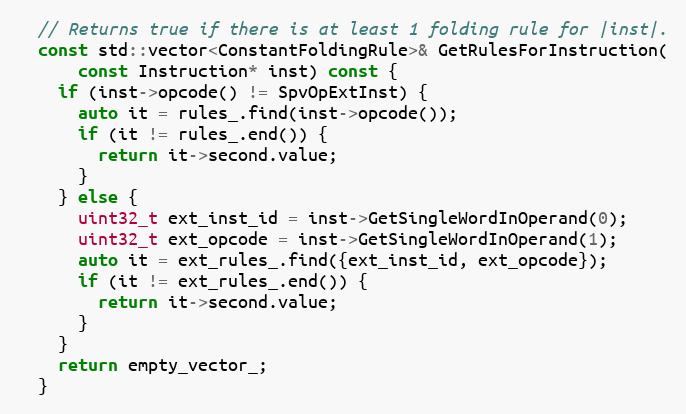
Language: C
  // Returns true if there is at least 1 folding rule for |inst|.
  const std::vector<ConstantFoldingRule>& GetRulesForInstruction(
      const Instruction* inst) const {
    if (inst->opcode() != SpvOpExtInst) {
      auto it = rules_.find(inst->opcode());
      if (it != rules_.end()) {
        return it->second.value;
      }
    } else {
      uint32_t ext_inst_id = inst->GetSingleWordInOperand(0);
      uint32_t ext_opcode = inst->GetSingleWordInOperand(1);
      auto it = ext_rules_.find({ext_inst_id, ext_opcode});
      if (it != ext_rules_.end()) {
        return it->second.value;
      }
    }
    return empty_vector_;
  }